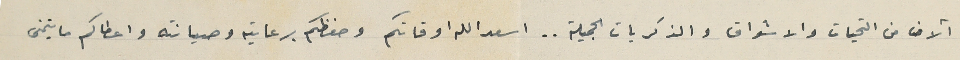
آلاف من التحيات والاشواق والذكريات الجميلة.. اسعد الله اوقاتكم وحفظكم برعايته وصيانته واعطاكم ما يتمنى